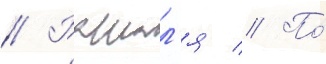
// Рошал'я // По́